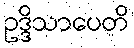
ဥဒ္ဒိသာပေတိ